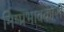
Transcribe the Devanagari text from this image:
निष्प्रभावकारी